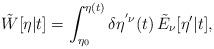
LaTeX: \begin{align*}\tilde{W}[\eta|t] = \int_{\eta_0}^{\eta(t)} \delta \eta^{' \nu}(t) \,\tilde{E}_\nu[\eta'|t],\end{align*}